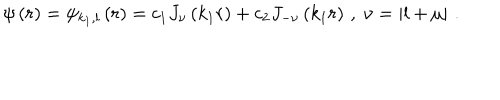
LaTeX: \psi \left( r \right) = \psi _ { k _ { 1 } , l } \left( r \right) = c _ { 1 } J _ { \nu } \left( k _ { 1 } r \right) + c _ { 2 } J _ { - \nu } \left( k _ { 1 } r \right) \, , \; \nu = \left| l + \mu \right| \, .